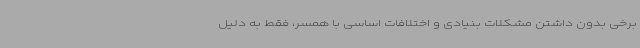
برخی بدون داشتن مشکلات بنیادی و اختلافات اساسی با همسر، فقط به دلیل